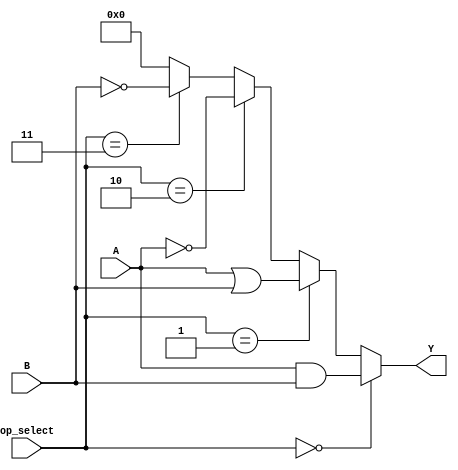
module CLB (
    input  wire [3:0]  A,        // Input lines
    input  wire [3:0]  B,        // Input lines
    input  wire [1:0]  op_select, // Operation select (00: AND, 01: OR, 10: NOT A, 11: NOT B)
    output wire [3:0]  Y         // Output lines
);

// Internal wires for logic operations
wire [3:0] and_out;
wire [3:0] or_out;
wire [3:0] not_a_out;
wire [3:0] not_b_out;

// Logic gates
assign and_out = A & B;          // AND operation
assign or_out  = A | B;          // OR operation
assign not_a_out = ~A;           // NOT operation on A
assign not_b_out = ~B;           // NOT operation on B

// Multiplexer to select output based on op_select
assign Y = (op_select == 2'b00) ? and_out : // AND
           (op_select == 2'b01) ? or_out :  // OR
           (op_select == 2'b10) ? not_a_out : // NOT A
           (op_select == 2'b11) ? not_b_out : 4'b0000; // NOT B (default case)

// Configuration memory and control logic can be implemented as needed
// This is a simplified representation of the CLB functionality

endmodule